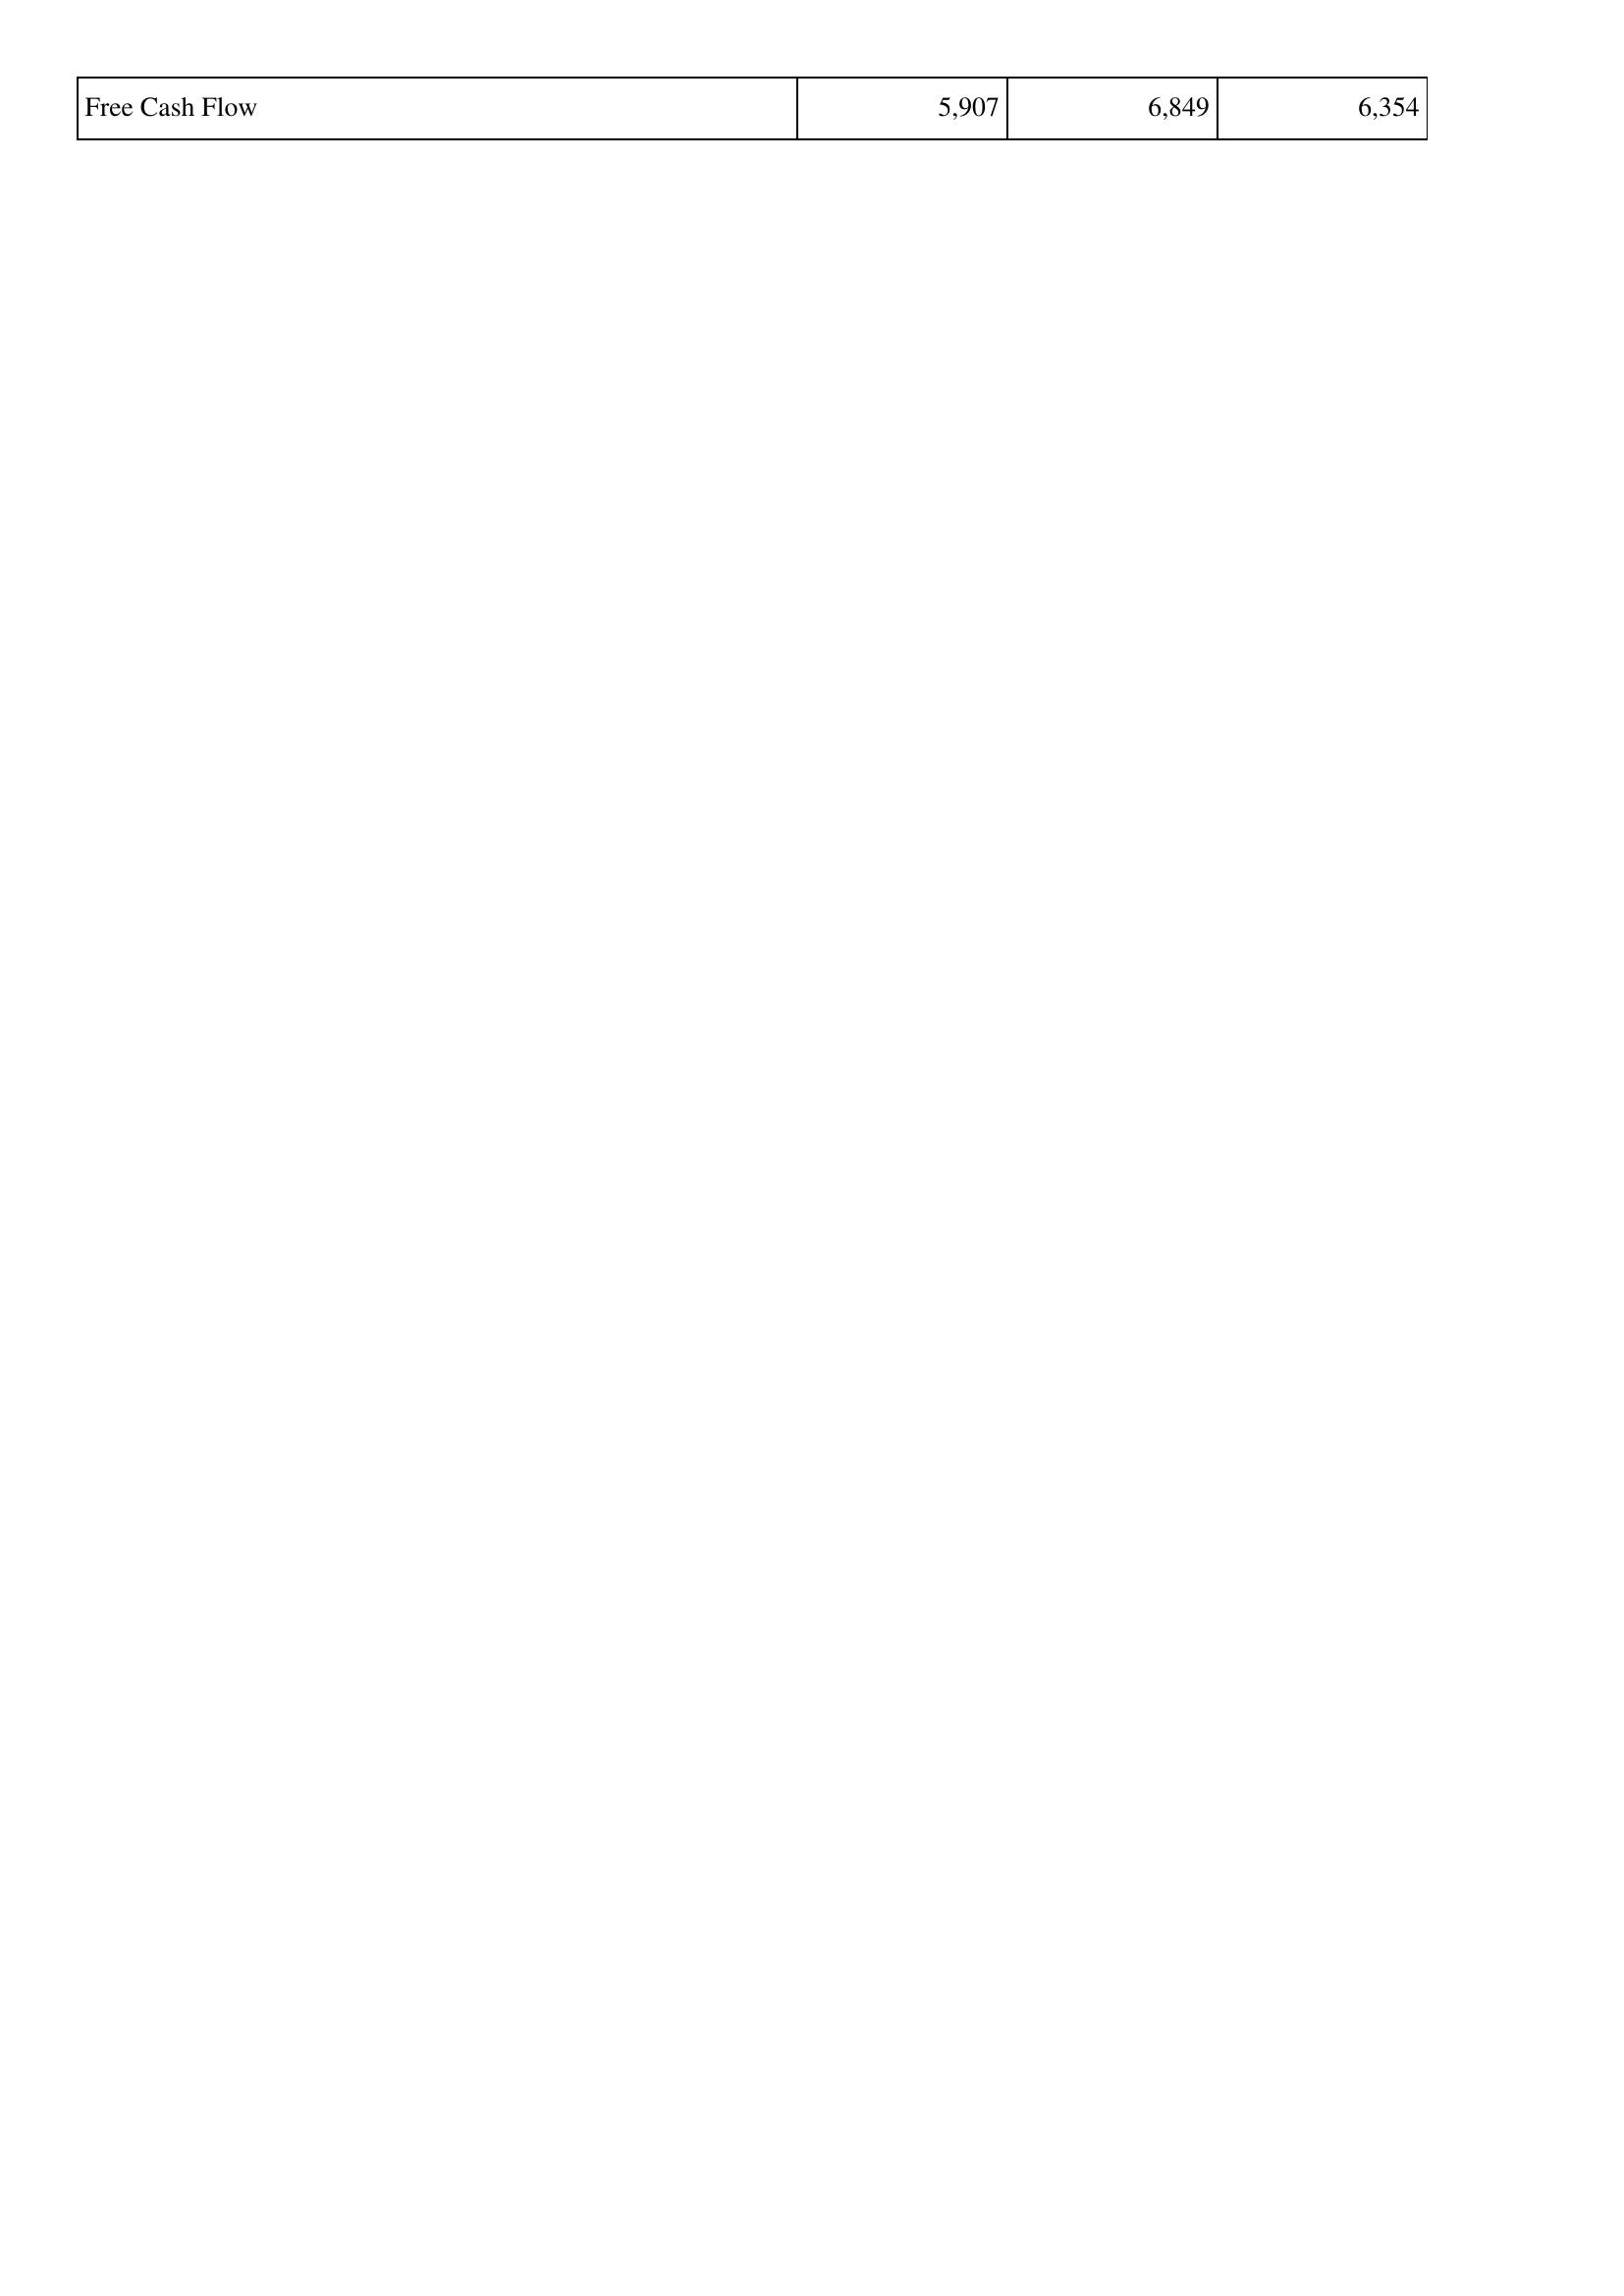
2016: Financing Activities: Free Cash Flow: 5,907
2015: Financing Activities: Free Cash Flow: 6,849
2014: Financing Activities: Free Cash Flow: 6,354